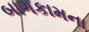
બાગકામના